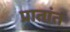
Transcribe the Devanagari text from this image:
प्रातांत